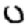
Digit: 0